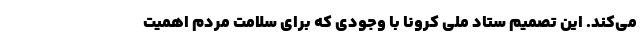
می‌کند. این تصمیم ستاد ملی کرونا با وجودی که برای سلامت مردم اهمیت